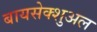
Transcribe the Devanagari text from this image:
बायसेक्शुअल